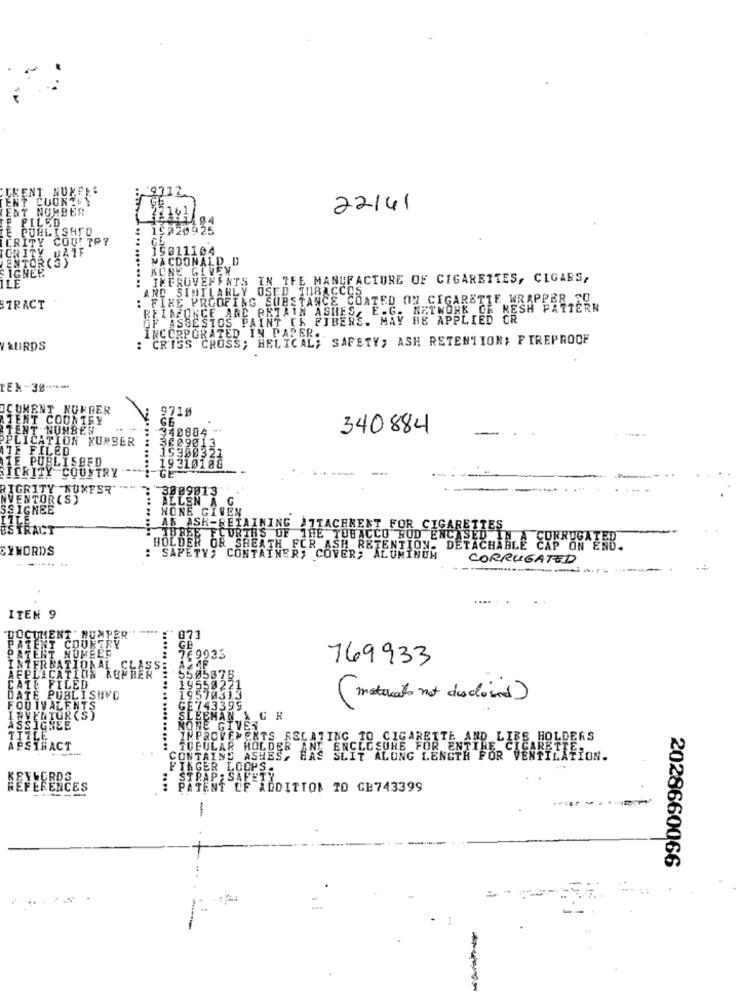
KENT NUMPLC
TENT COON MY
TEST NUMBER
22141
22191
94
TE PUBLISHED
PILED
15220925
ERITY COU! PPY
ORITY
5011104
ENTOR (S)
SIGHER
KONE GIVEN
MACDONALD D
ILE
: IMPROVEMENTS IN IFE MANUFACTURE OF CIGARETTES, CIGARS,
AND SIMILARLY OSED TOBACCOS
: FINE PROOFING SUBSTANCE COATED ON CIGARETTE WRAPPER SO
TRACT
REINFORCE AND RETAIN ASHES, E.G. NETWORK OR MESH PATTERN
OF ASBESTOS PAINT [K FIBERS. MAY BE APPLIED CR
: CRISS CROSS; HELICAL; SAFETY; ASH RETENTION; FIREPROOF
INCORPORATED IN PAPER ..
AURDS
TEN-38 ---*-
OCUMENT NUKDER
9718
TENT COUNTRY
GE
TENT NUMBED
340884
340884
PPLICATION NUMBER
$2901.
ATE FILED
193803
TE PUBLISHED
19 310188
RICKITY COUNTRY
---
RIGRITY NUMFER'
3009013
NVENTOR(S)
ALLEN A
SSIGNEE
NONE GIVEN
IZLE
ES TRACT
AK ASK-RETAINING ATTACHMENT FOR CIGARETTES
LURTH'S OF THE TOBACCO ROD ENCASED IN A
CYWORDS
BOLDER OR SHEATH FOR ASH RETENTION. DETACHABLE CIP OR ERB.
: SAFETY, CONTAINER, COVER; ALUMINUM
CORRUGATED
ITEM 9
"DOCUMENT ' HUMPER" :071
PATENT COUNTRY"
PATENT NOMEED
769933
769933
AFELICATION ROPTERS
INTERNATIONAL
50567
CATE FILED
DATE PUBLISHVD
9570313
(maturato not disclosed)
FOUTVALENTS
E743399.
INVENTUR(S)
ENAN & G H
ASSIGNEE
INE GIVEN
TITLE
IMPROVEMENTS_RELATING TO CIGARETTE AND LIES HOLDERS
ABSTRACT
TUBULAR HOLDER
ENCLOSURE FOR ENTIRE CIGARETTE
CONTAINS ASHES, HAS SLIT ALUNG LENGTH FOR VENTILATI
INGER LOOPS.
P: SAFETY
REFERENCES
PATENT CF ADDITION TO GB743399
2028660066